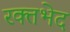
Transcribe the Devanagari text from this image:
रक्तभेद